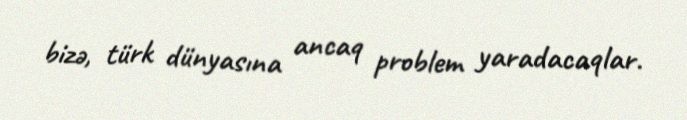
bizə, türk dünyasına ancaq problem yaradacaqlar.